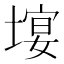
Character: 𡏉